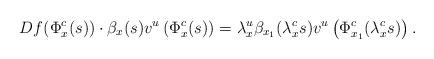
LaTeX: \begin{align*}Df(\Phi^c_x(s))\cdot \beta_x(s) v^u\left(\Phi^c_x(s)\right)= \lambda^u_x\beta_{x_1}(\lambda^c_x s) v^u\left(\Phi^c_{x_1}(\lambda^c_x s)\right). \end{align*}